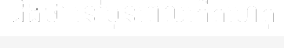
ដឹងថា នៅមុនពេលកើតហេតុ